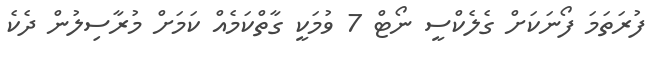
ފުރަތަމަ ފޯނަކަށް ގެލެކްސީ ނޯޓް 7 ވުމަކީ ގާތްކަމެއް ކަމަށް މުރާސިލުން ދެކެ